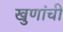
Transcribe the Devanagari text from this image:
खुणांची